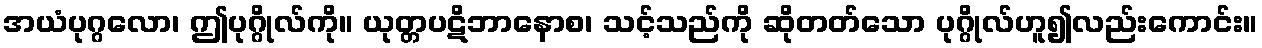
အယံပုဂ္ဂလော၊ ဤပုဂ္ဂိုလ်ကို။ ယုတ္တပဋိဘာနောစ၊ သင့်သည်ကို ဆိုတတ်သော ပုဂ္ဂိုလ်ဟူ၍လည်းကောင်း။